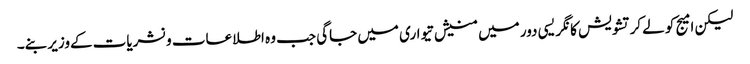
لیکن امیج کو لےکرتشویش کانگریسی دور میں منیش تیواری میں جاگی جب وہ اطلاعات ونشریات کےوزیر بنے۔